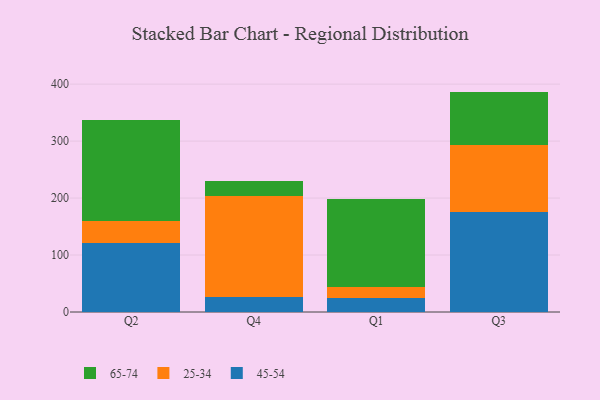
{"axis": {"x": "Quarter", "y": "Backlog"}, "legend": ["25-34", "45-54", "65-74"], "data": [{"x": "Q2", "y": 120.7, "type": "45-54"}, {"x": "Q2", "y": 38.4, "type": "25-34"}, {"x": "Q2", "y": 178.4, "type": "65-74"}, {"x": "Q4", "y": 25.6, "type": "45-54"}, {"x": "Q4", "y": 177.4, "type": "25-34"}, {"x": "Q4", "y": 27.1, "type": "65-74"}, {"x": "Q1", "y": 24.8, "type": "45-54"}, {"x": "Q1", "y": 19.3, "type": "25-34"}, {"x": "Q1", "y": 155.0, "type": "65-74"}, {"x": "Q3", "y": 175.3, "type": "45-54"}, {"x": "Q3", "y": 117.8, "type": "25-34"}, {"x": "Q3", "y": 93.8, "type": "65-74"}]}